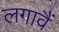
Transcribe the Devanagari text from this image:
लगावैं